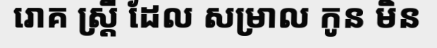
រោគ ស្ត្រី ដែល សម្រាល កូន មិន